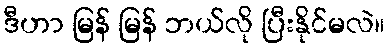
ဒီဟာ မြန် မြန် ဘယ်လို ပြီးနိုင်မလဲ။